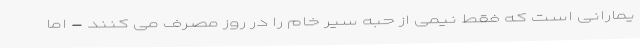
یمارانی است که فقط نیمی از حبه سیر خام را در روز مصرف می کنند - اما